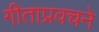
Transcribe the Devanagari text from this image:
गीताप्रवचने